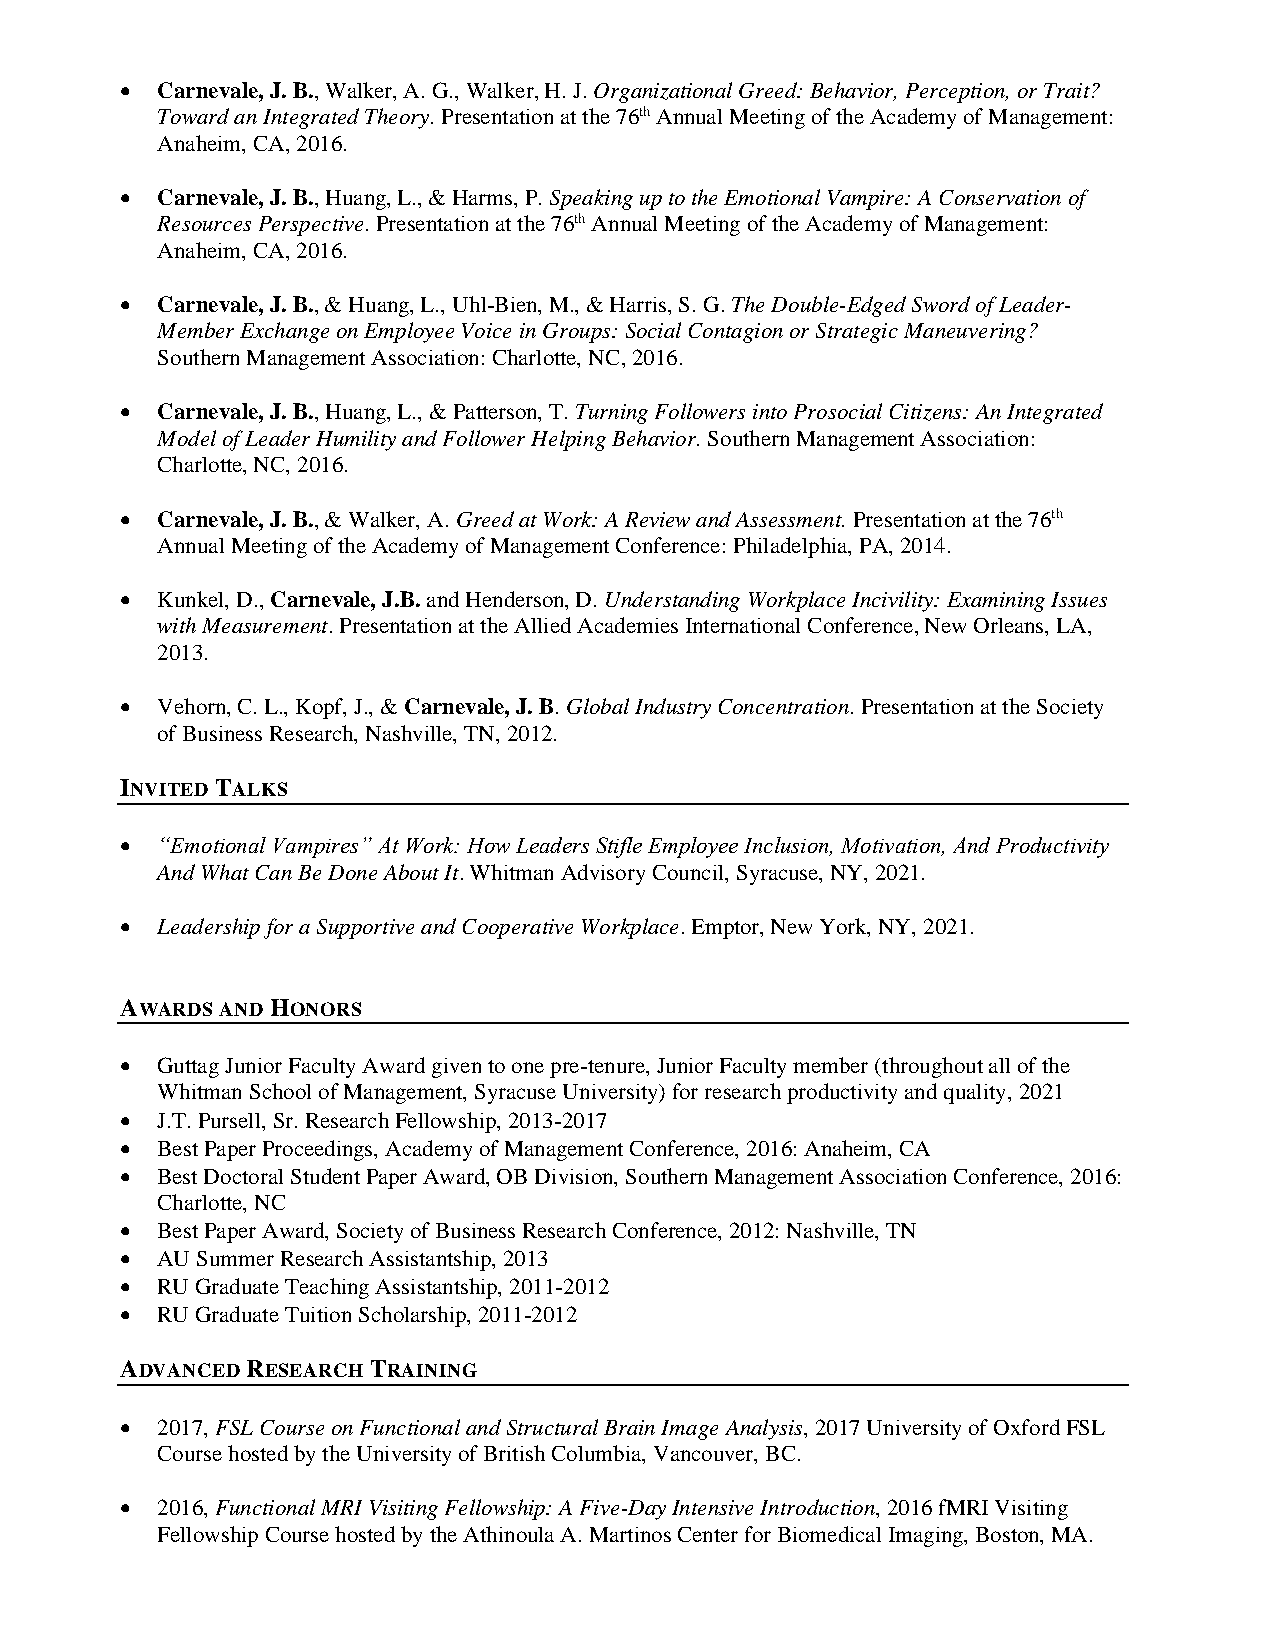
• Carnevale, J. B., Walker, A. G., Walker, H. J. Organizational Greed: Behavior, Perception, or Trait?
 Toward an Integrated Theory. Presentation at the 76th Annual Meeting of the Academy of Management:
 Anaheim, CA, 2016.
 • Carnevale, J. B., Huang, L., & Harms, P. Speaking up to the Emotional Vampire: A Conservation of
 Resources Perspective. Presentation at the 76th Annual Meeting of the Academy of Management:
 Anaheim, CA, 2016.
 • Carnevale, J. B., & Huang, L., Uhl-Bien, M., & Harris, S. G. The Double-Edged Sword of Leader-
 Member Exchange on Employee Voice in Groups: Social Contagion or Strategic Maneuvering?
 Southern Management Association: Charlotte, NC, 2016.
 • Carnevale, J. B., Huang, L., & Patterson, T. Turning Followers into Prosocial Citizens: An Integrated
 Model of Leader Humility and Follower Helping Behavior. Southern Management Association:
 Charlotte, NC, 2016.
 • Carnevale, J. B., & Walker, A. Greed at Work: A Review and Assessment. Presentation at the 76th
 Annual Meeting of the Academy of Management Conference: Philadelphia, PA, 2014.
 • Kunkel, D., Carnevale, J.B. and Henderson, D. Understanding Workplace Incivility: Examining Issues
 with Measurement. Presentation at the Allied Academies International Conference, New Orleans, LA,
 2013.
 • Vehorn, C. L., Kopf, J., & Carnevale, J. B. Global Industry Concentration. Presentation at the Society
 of Business Research, Nashville, TN, 2012.
 INVITED TALKS
 • “Emotional Vampires” At Work: How Leaders Stifle Employee Inclusion, Motivation, And Productivity
 And What Can Be Done About It. Whitman Advisory Council, Syracuse, NY, 2021.
 • Leadership for a Supportive and Cooperative Workplace. Emptor, New York, NY, 2021.
 AWARDS AND HONORS
 • Guttag Junior Faculty Award given to one pre-tenure, Junior Faculty member (throughout all of the
 Whitman School of Management, Syracuse University) for research productivity and quality, 2021
 • J.T. Pursell, Sr. Research Fellowship, 2013-2017
 • Best Paper Proceedings, Academy of Management Conference, 2016: Anaheim, CA
 • Best Doctoral Student Paper Award, OB Division, Southern Management Association Conference, 2016:
 Charlotte, NC
 • Best Paper Award, Society of Business Research Conference, 2012: Nashville, TN
 • AU Summer Research Assistantship, 2013
 • RU Graduate Teaching Assistantship, 2011-2012
 • RU Graduate Tuition Scholarship, 2011-2012
 ADVANCED RESEARCH TRAINING
 • 2017, FSL Course on Functional and Structural Brain Image Analysis, 2017 University of Oxford FSL
 Course hosted by the University of British Columbia, Vancouver, BC.
 • 2016, Functional MRI Visiting Fellowship: A Five-Day Intensive Introduction, 2016 fMRI Visiting
 Fellowship Course hosted by the Athinoula A. Martinos Center for Biomedical Imaging, Boston, MA.